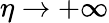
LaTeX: \eta\to+\infty